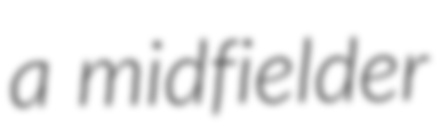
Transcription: a midfielder